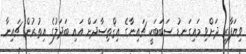
ވިޔަފާރި ދަށްވި މައިގަނޑު ސަބަބަކީ ޗައިނާގެ އިޤްތިސާދަށް އައި ބަދަލުގެ އިތުރުން ޗައިނާ